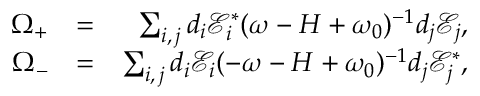
\begin{array} { r l r } { \Omega _ { + } } & { = } & { \sum _ { i , \, j } d _ { i } \mathcal { E } _ { i } ^ { \ast } ( \omega - H + \omega _ { 0 } ) ^ { - 1 } d _ { j } \mathcal { E } _ { j } , } \\ { \Omega _ { - } } & { = } & { \sum _ { i , \, j } d _ { i } \mathcal { E } _ { i } ( - \omega - H + \omega _ { 0 } ) ^ { - 1 } d _ { j } \mathcal { E } _ { j } ^ { \ast } , } \end{array}